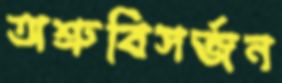
অশ্রুবিসর্জন